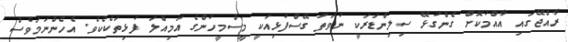
ރާއްޖޭގައި އާއްމުކޮށް ގެންގުޅޭ ސިލިންޑަރަކީ ނުވަތަ ގޭސްފުޅިއަކީ މީސްމީހުންގެ އަމިއްލަ ފުޅިތަކެކެވެ. އެހެންނަމަވެސް